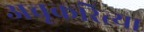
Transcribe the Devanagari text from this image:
अचूकरित्या